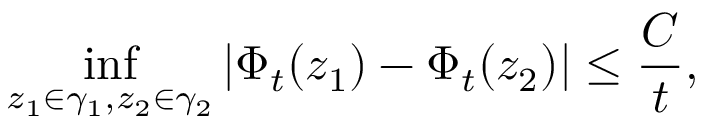
\operatorname* { i n f } _ { z _ { 1 } \in \gamma _ { 1 } , z _ { 2 } \in \gamma _ { 2 } } | \Phi _ { t } ( z _ { 1 } ) - \Phi _ { t } ( z _ { 2 } ) | \leq \frac { C } { t } ,